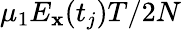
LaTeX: \mu_{1}E_{\mathbf{x}}(t_{j})T/2N